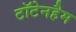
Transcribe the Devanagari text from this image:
टॉटेनहैम